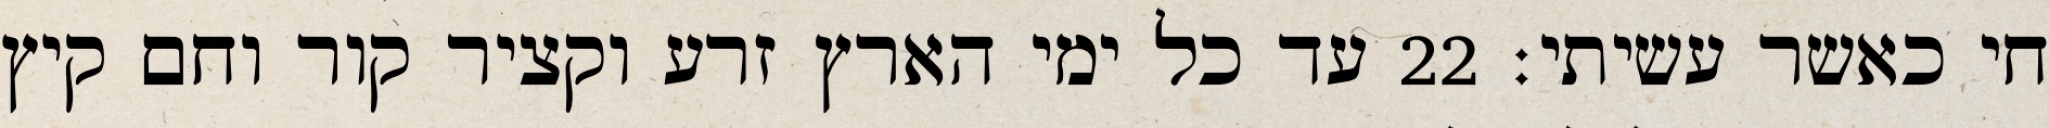
חי כאשר עשיתי׃ ‎22‏ עד כל ימי הארץ זרע וקציר קור וחם קיץ